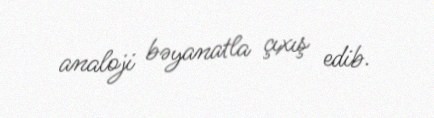
analoji bəyanatla çıxış edib.